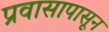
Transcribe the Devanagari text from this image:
प्रवासापासून